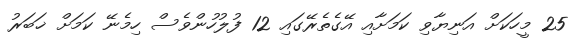
25 މީހަކަށް އަނިޔާވި ކަމަށާއި އޭގެތެރޭގައި 12 ފުލުހުންވެސް ހިމެނޭ ކަމަށް ޚަބަރު